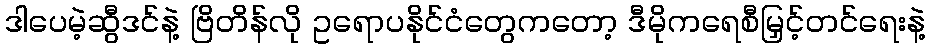
ဒါပေမဲ့ဆွီဒင်နဲ့ ဗြိတိန်လို ဥရောပနိုင်ငံတွေကတော့ ဒီမိုကရေစီမြှင့်တင်ရေးနဲ့